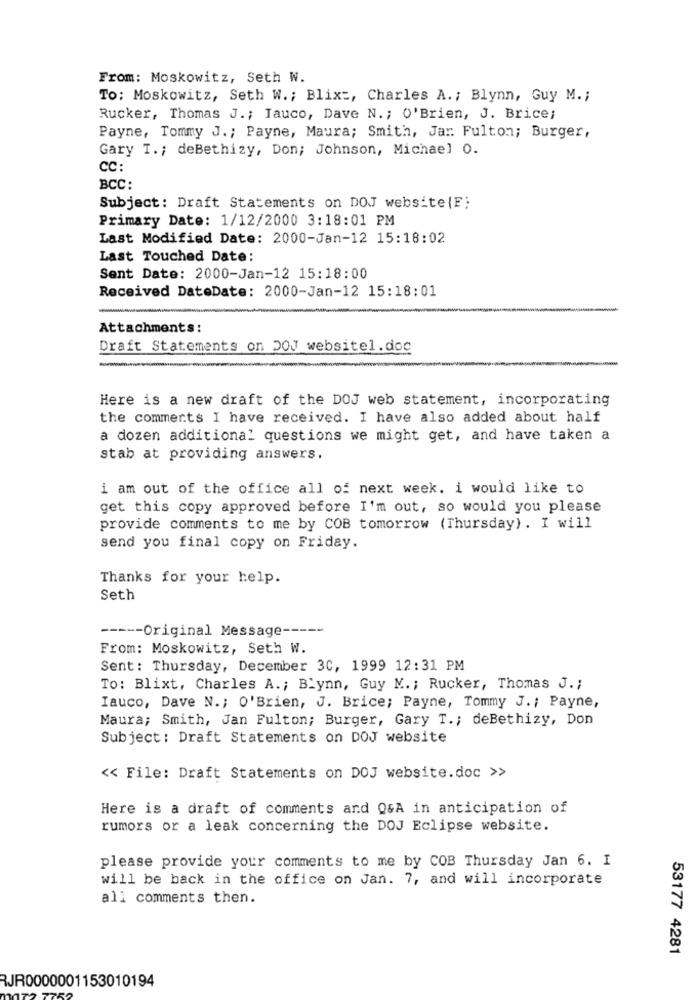
From: Moskowitz, Seth W.
To: Moskowitz, Seth W .; Blix :, Charles A .; Blynn, Guy M .;
Rucker, Thomas J .; Iauco, Dave N .; O'Brien, J. Brice;
Payne, Tommy J .; Payne, Maura; Smith, Jar. Fulton; Burger,
Gary T .; deBethizy, Don; Johnson, Michael 0.
CC:
BCC:
Subject: Draft Statements on DOJ website {F;
Primary Date: 1/12/2000 3:18:01 PM
Last Modified Date: 2000-Jan-12 15:18:02
Last Touched Date:
Sent Date: 2000-Jan-12 15:18:00
Received DateDate: 2000-Jan-12 15:18:01
Attachments:
Draft Statements on DOJ websitel.doc
--
Here is a new draft of the DOJ web statement, incorporating
the comments I have received. I have also added about half
a dozen additional questions we might get, and have taken a
stab at providing answers.
i am out of the office all of next week. i would like to
get this copy approved before I'm out, so would you please
provide comments to me by COB tomorrow (Thursday). I will
send you final copy on Friday.
Thanks for your help.
Seth
----- Original Message -----
From: Moskowitz, Seth W.
Sent: Thursday, December 30, 1999 12:31 PM
To: Blixt, Charles A .; BLynn, Guy M .; Rucker, Thomas J .;
Iauco, Dave N .; O'Brien, J. Brice; Payne, Tommy J. ; Payne,
Maura; Smith, Jan Fulton; Burger, Gary T .; deBethizy, Don
Subject: Draft Statements on DOJ website
<< File: Draft Statements on DOJ website.doc >>
Here is a draft of comments and Q&A in anticipation of
rumors or a leak concerning the DOJ Eclipse website.
please provide your comments to me by COB Thursday Jan 6. I
will be back in the office on Jan. 7, and will incorporate
all comments then.
53177 4281
RJR0000001153010194